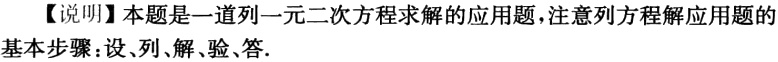
【说明】本题是一道列一元二次方程求解的应用题，注意列方程解应用题的基本步骤：设、列、解、验、答.